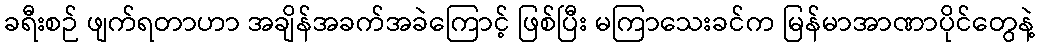
ခရီးစဉ် ဖျက်ရတာဟာ အချိန်အခက်အခဲကြောင့် ဖြစ်ပြီး မကြာသေးခင်က မြန်မာအာဏာပိုင်တွေနဲ့